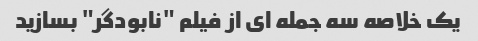
یک خلاصه سه جمله ای از فیلم "نابودگر" بسازید